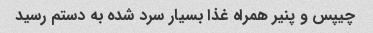
چیپس و پنیر همراه غذا بسیار سرد شده به دستم رسید